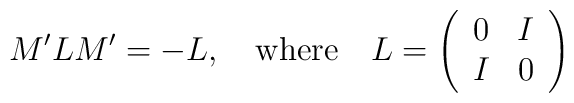
M'LM' = - L, \quad {\rm where} \quad L = \left( \begin{array}{cc} 0 & I \\                         I & 0\end{array}     \right)